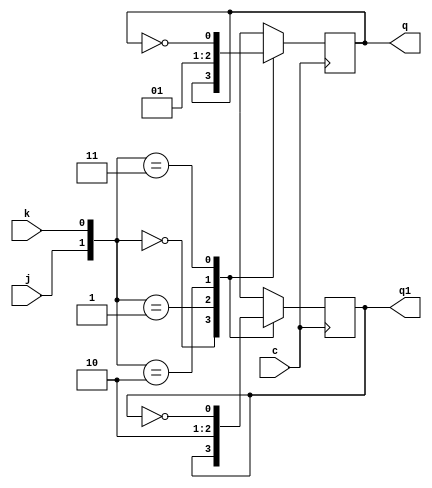
// RAM 1X4
// Nome: tila Martins Silva Jnior

module jkff(q,q1,j,k,c);
output q,q1;
input j,k,c;
reg q,q1;
initial begin q=1'b0; q1=1'b1; end
always @ (posedge c)
  begin
	case({j,k})
		 {1'b0,1'b0}:begin q=q; q1=q1; end
		 {1'b0,1'b1}: begin q=1'b0; q1=1'b1; end
		 {1'b1,1'b0}:begin q=1'b1; q1=1'b0; end
		 {1'b1,1'b1}: begin q=~q; q1=~q1; end
	endcase
   end
endmodule

module ram1x4(output[3:0] saida, input[3:0] ent, input clk, input rw, input addr);
	wire a1, a2, a3,s0, s1, s2, n0, n1, n2, n3, rw1;
	not(n0, ent[0]);
	not(n1, ent[1]);
	not(n2, ent[2]);
	not(n3, ent[3]);
	
	and(a1, clk, rw);
	and(a2, a1, addr);
	
	jkff JK0(s0,, ent[0], n0, a2);
	jkff JK1(s1,, ent[1], n1, a2);
	jkff JK2(s2,, ent[2], n2, a2);
	jkff JK3(s3,, ent[3], n3, a2);
	
	and(saida[0], addr, s0);
	and(saida[1], addr, s1);
	and(saida[2], addr, s2);
	and(saida[3], addr, s3);
endmodule